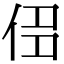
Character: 𠈎